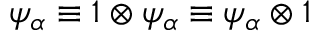
\psi _ { \alpha } \equiv 1 \otimes \psi _ { \alpha } \equiv \psi _ { \alpha } \otimes 1